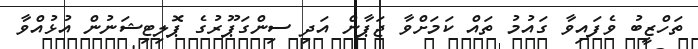
ތަހްޒީބު ވެފައިވާ ގައުމު ތައް ކަމަށްވާ ޖަޕާން އަދި ސިންގަޕޫރުގެ ޕޮލިޓިޝަނުން އުޅުއްވާ